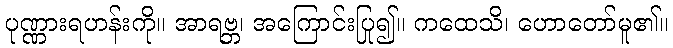
ပုဏ္ဏားရဟန်းကို။ အာရဗ္ဘ၊ အကြောင်းပြု၍။ ကထေသိ၊ ဟောတော်မူ၏။